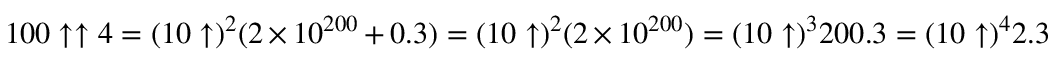
1 0 0 \uparrow \uparrow 4 = ( 1 0 \uparrow ) ^ { 2 } ( 2 \times 1 0 ^ { 2 0 0 } + 0 . 3 ) = ( 1 0 \uparrow ) ^ { 2 } ( 2 \times 1 0 ^ { 2 0 0 } ) = ( 1 0 \uparrow ) ^ { 3 } 2 0 0 . 3 = ( 1 0 \uparrow ) ^ { 4 } 2 . 3